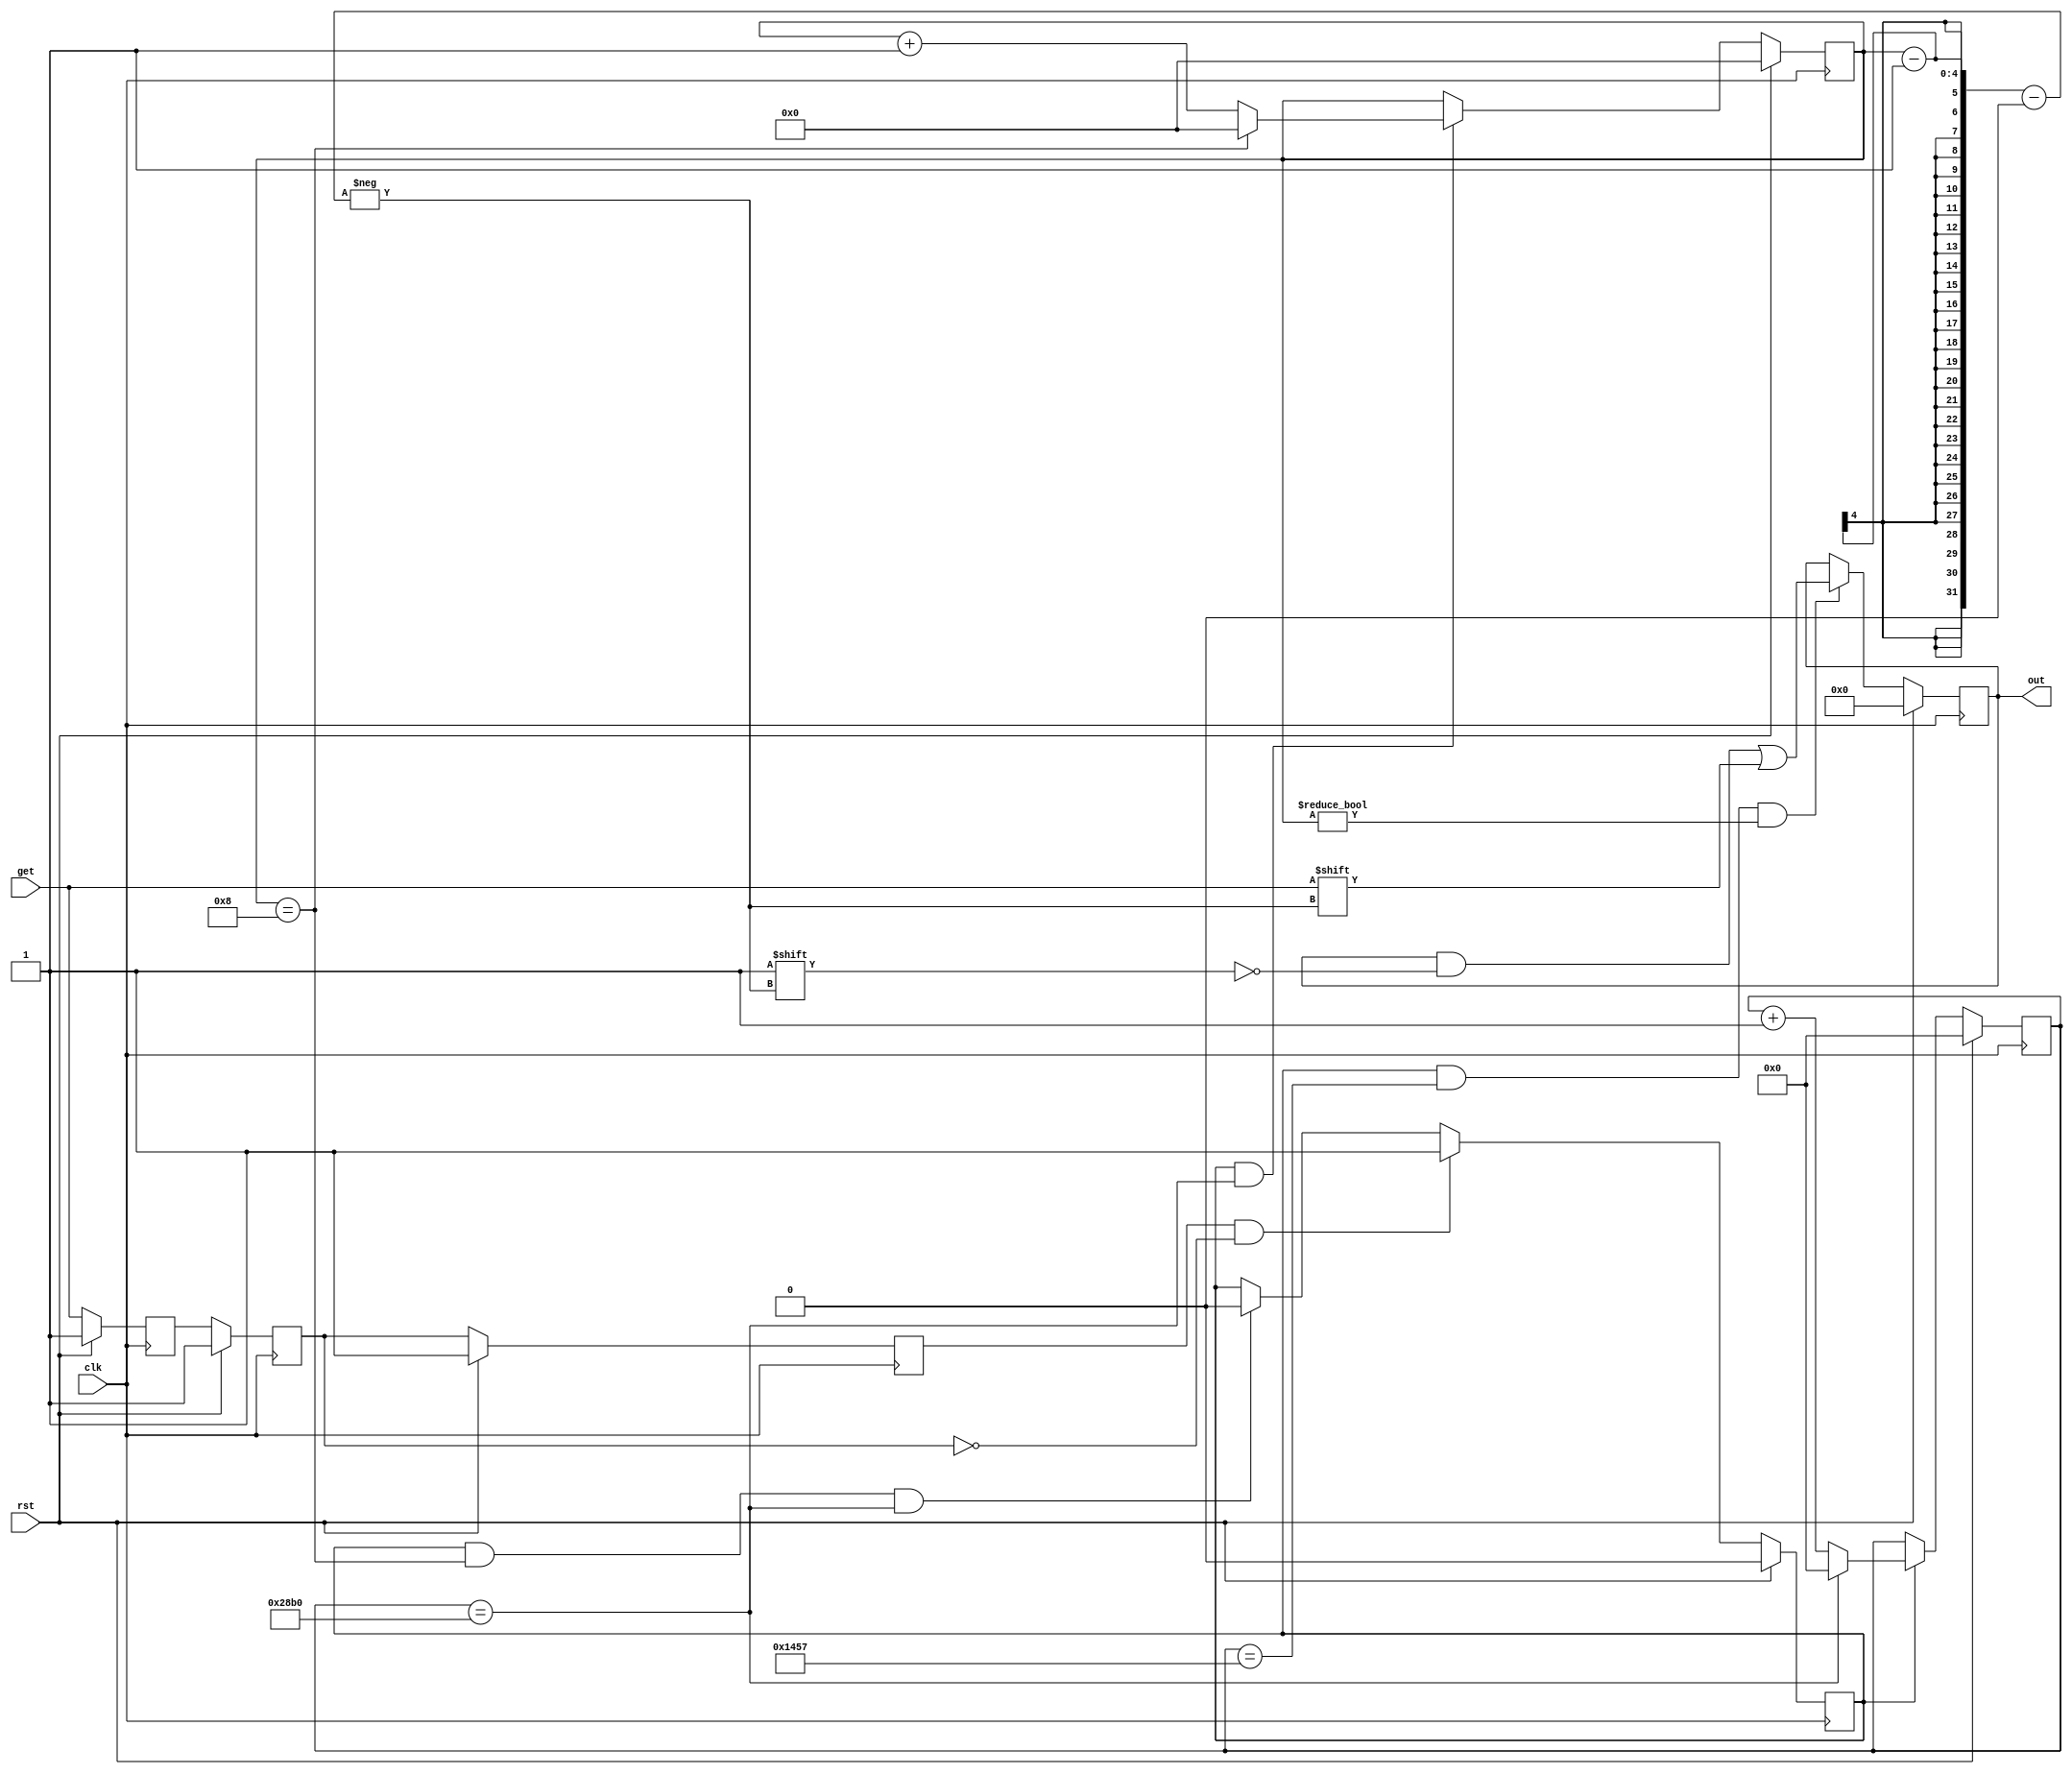
module bluetooth(
    input clk,
    input rst,
    input get,
    output reg [7:0] out
);
    parameter bps=10417;//9600
    reg [14:0] count_1;//
    reg [3:0] count_2;//
    reg buffer_0,buffer_1,buffer_2;//
    wire buffer_en;//
    reg add_en;//
    integer delay;
    initial begin
       delay=100000000;
    end
    reg [7:0]out_before;

    always @ (posedge clk)
    begin
        if(rst)
        begin
            buffer_0<=1;
            buffer_1<=1;
            buffer_2<=1;
        end
        else
        begin
            buffer_0<=get;
            buffer_1<=buffer_0;
            buffer_2<=buffer_1;
        end
    end

    assign buffer_en=buffer_2&~buffer_1;

    always @ (posedge clk)
    begin
        if(rst)
        begin
            count_1<=0;
        end
        else if(add_en)
        begin
            if(count_1==bps-1)
            begin
                count_1<=0;
            end
            else
            begin
                count_1<=count_1+1;
            end
        end
    end

    always @ (posedge clk)
    begin
        if(rst)
        begin
            count_2<=0;
        end
        else if(add_en&&count_1==bps-1)//
        begin
            if(count_2==8)
            begin
                count_2<=0;
            end
            else
            begin
                count_2<=count_2+1;
            end
        end
    end

    always @ (posedge clk)
    begin
        if(rst)
        begin
            add_en<=0;
        end
        else if(buffer_en)
        begin
            add_en<=1;
        end
        else if(add_en&&count_2==8&&count_1==bps-1)
        begin
            add_en<=0;
        end
    end

       always @ (posedge clk)
    begin
        if(rst)
        begin
            out<=0;
        end
        else if(add_en&&count_1==bps/2-1&&count_2!=0)
        begin
            out[count_2-1]<=get;
        end
    end
endmodule